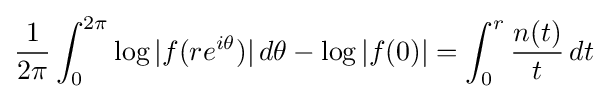
{\frac {1}{2\pi }}\int _{0}^{2\pi }\log |f(re^{i\theta })|\,d\theta -\log |f(0)|=\int _{0}^{r}{\frac {n(t)}{t}}\,dt